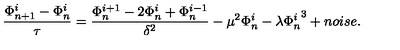
\frac { \Phi _ { n + 1 } ^ { i } - \Phi _ { n } ^ { i } } { \tau } = \frac { \Phi _ { n } ^ { i + 1 } - 2 \Phi _ { n } ^ { i } + \Phi _ { n } ^ { i - 1 } } { \delta ^ { 2 } } - \mu ^ { 2 } \Phi _ { n } ^ { i } - \lambda { \Phi _ { n } ^ { i } } ^ { 3 } + n o i s e .